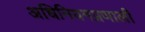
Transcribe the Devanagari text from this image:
अधिनियमप्रणाली